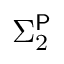
\Sigma _ { 2 } ^ { \mathsf { P } }